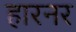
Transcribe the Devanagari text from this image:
हारनर